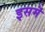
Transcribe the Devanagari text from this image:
इसमॆं